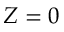
Z = 0